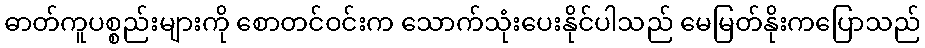
ဓာတ်ကူပစ္စည်းများကို စောတင်ဝင်းက သောက်သုံးပေးနိုင်ပါသည် မေမြတ်နိုးကပြောသည်